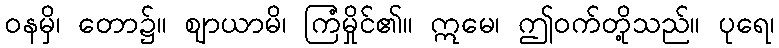
ဝနမှိ၊ တော၌။ ဈာယာမိ၊ ကြံမှိုင်၏။ ဣမေ၊ ဤဝက်တို့သည်။ ပုရေ၊